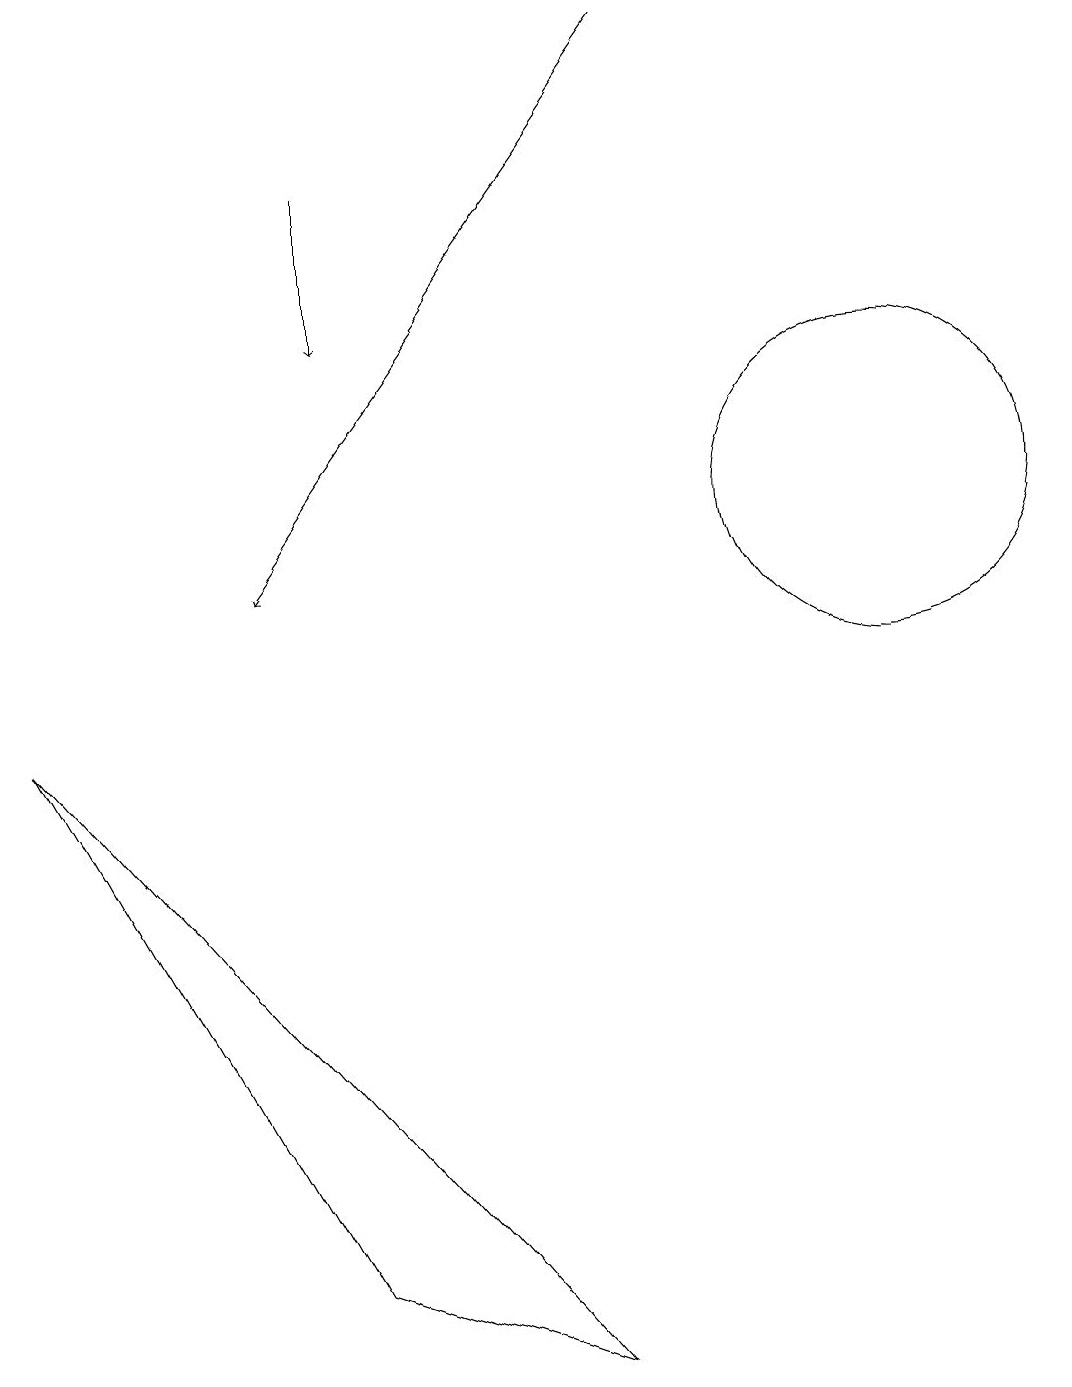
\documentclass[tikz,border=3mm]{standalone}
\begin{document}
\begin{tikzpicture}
\draw (11,11) circle (2);
\draw[->] (4,15) -- (4,13);
\draw (0,8) -- (4,1) -- (7,0) -- cycle;
\draw[->] (8,17) -- (3,10);
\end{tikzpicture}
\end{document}